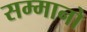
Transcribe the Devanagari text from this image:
सम्मानो